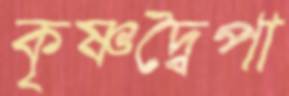
কৃষ্ণদ্বৈপা